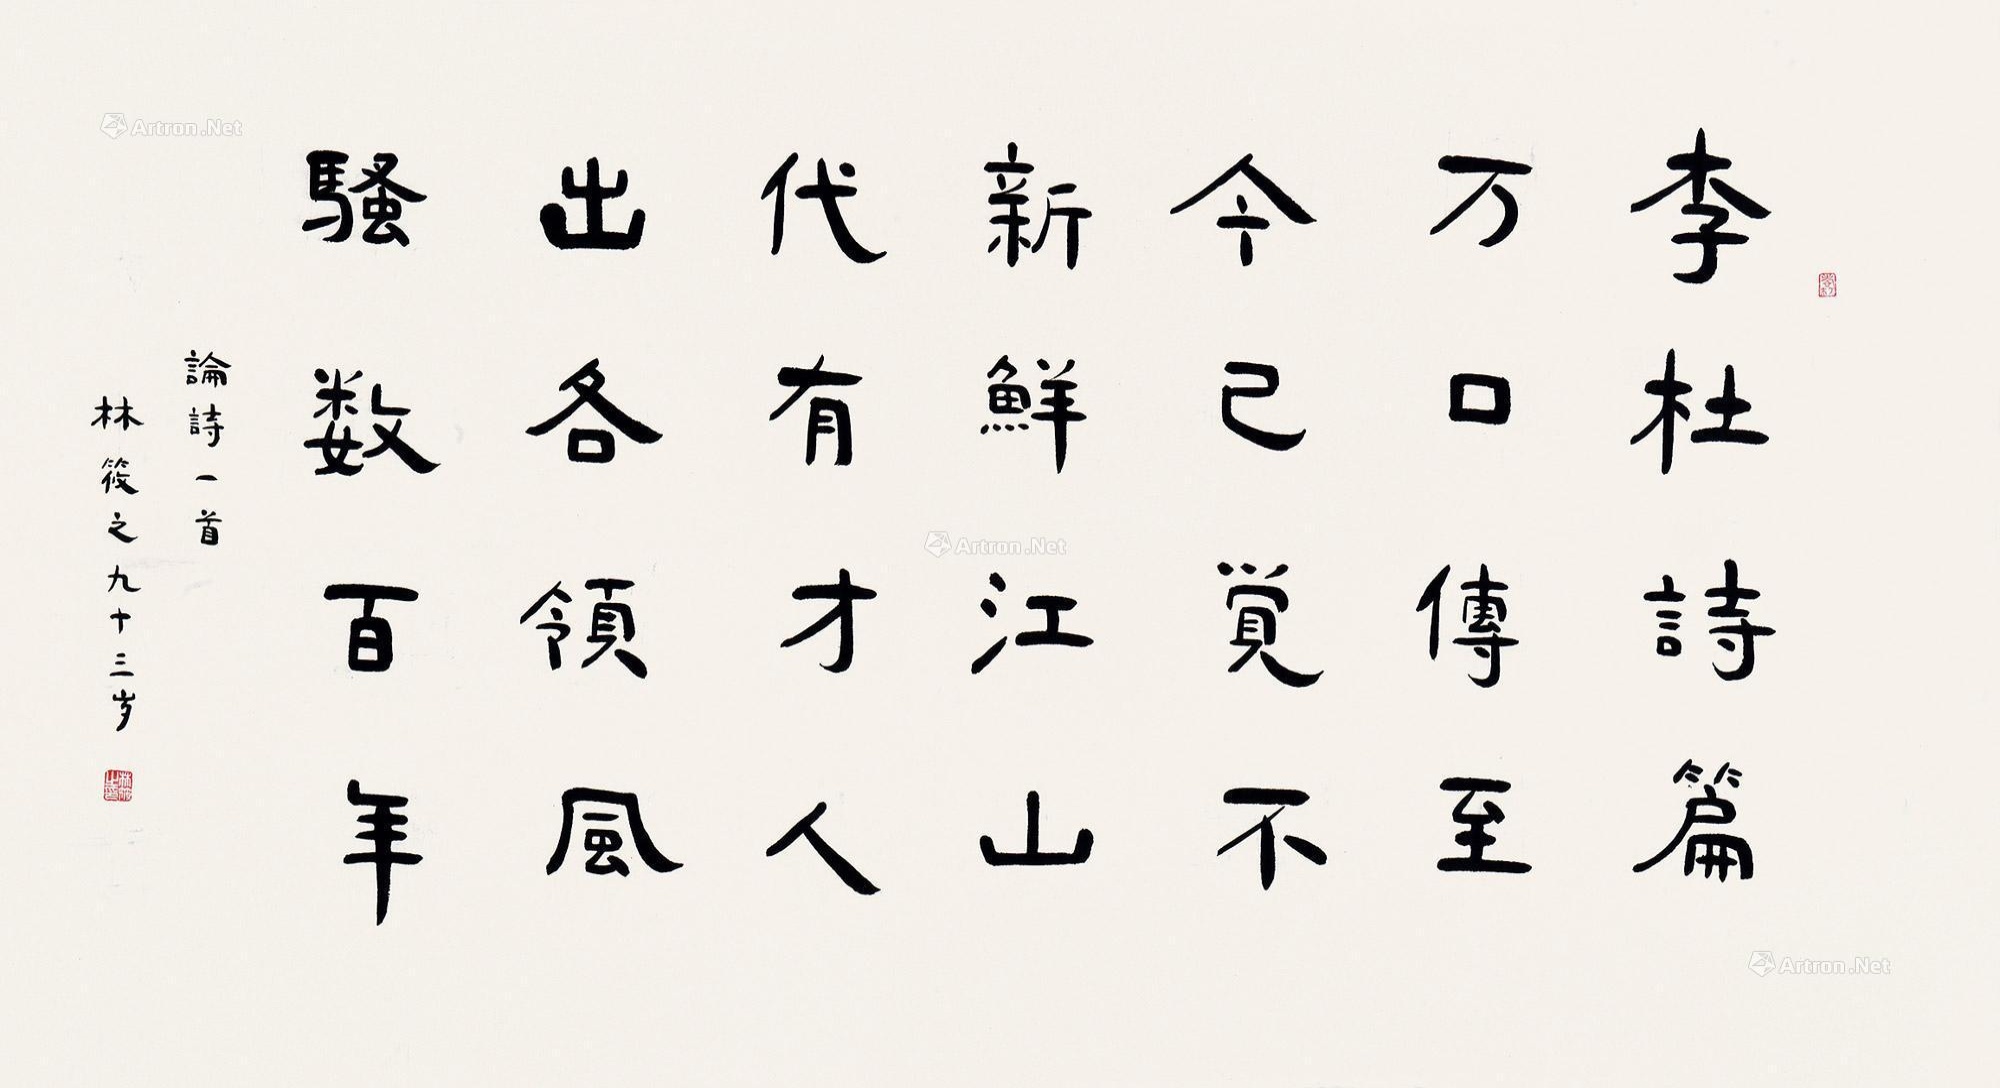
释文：李杜诗篇万口传，至今已觉不新鲜。江山代有才人出，各领风骚数百年。论诗一首，林筱之九十三岁。